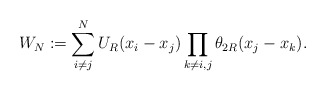
\begin{align*} W_N := \sum_{i\ne j}^N U_R(x_i-x_j) \prod_{k\ne i,j} \theta_{2R} (x_j-x_k).\end{align*}